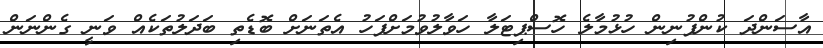
އާސަންދަ ކުންފުނިން ހުޅުމާލެ ހޮސްޕިޓަލާ ހަވާލުވުމަށްފަހު އެތަނަށް ބޮޑެތި ބަދަލުތަކެއް ވަނީ ގެންނަން